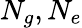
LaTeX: N_{g},N_{e}